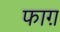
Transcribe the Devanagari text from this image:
फाग़